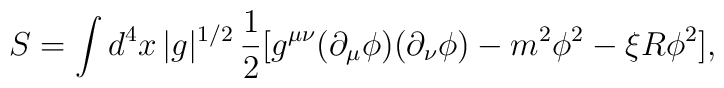
S=\int d^4 x \, |g|^{1/2} \,\frac{1}{2} [g^{\mu\nu}(\partial_{\mu}\phi)(\partial_{\nu}\phi)-m^2 \phi^2 -\xi R\phi^2]  ,